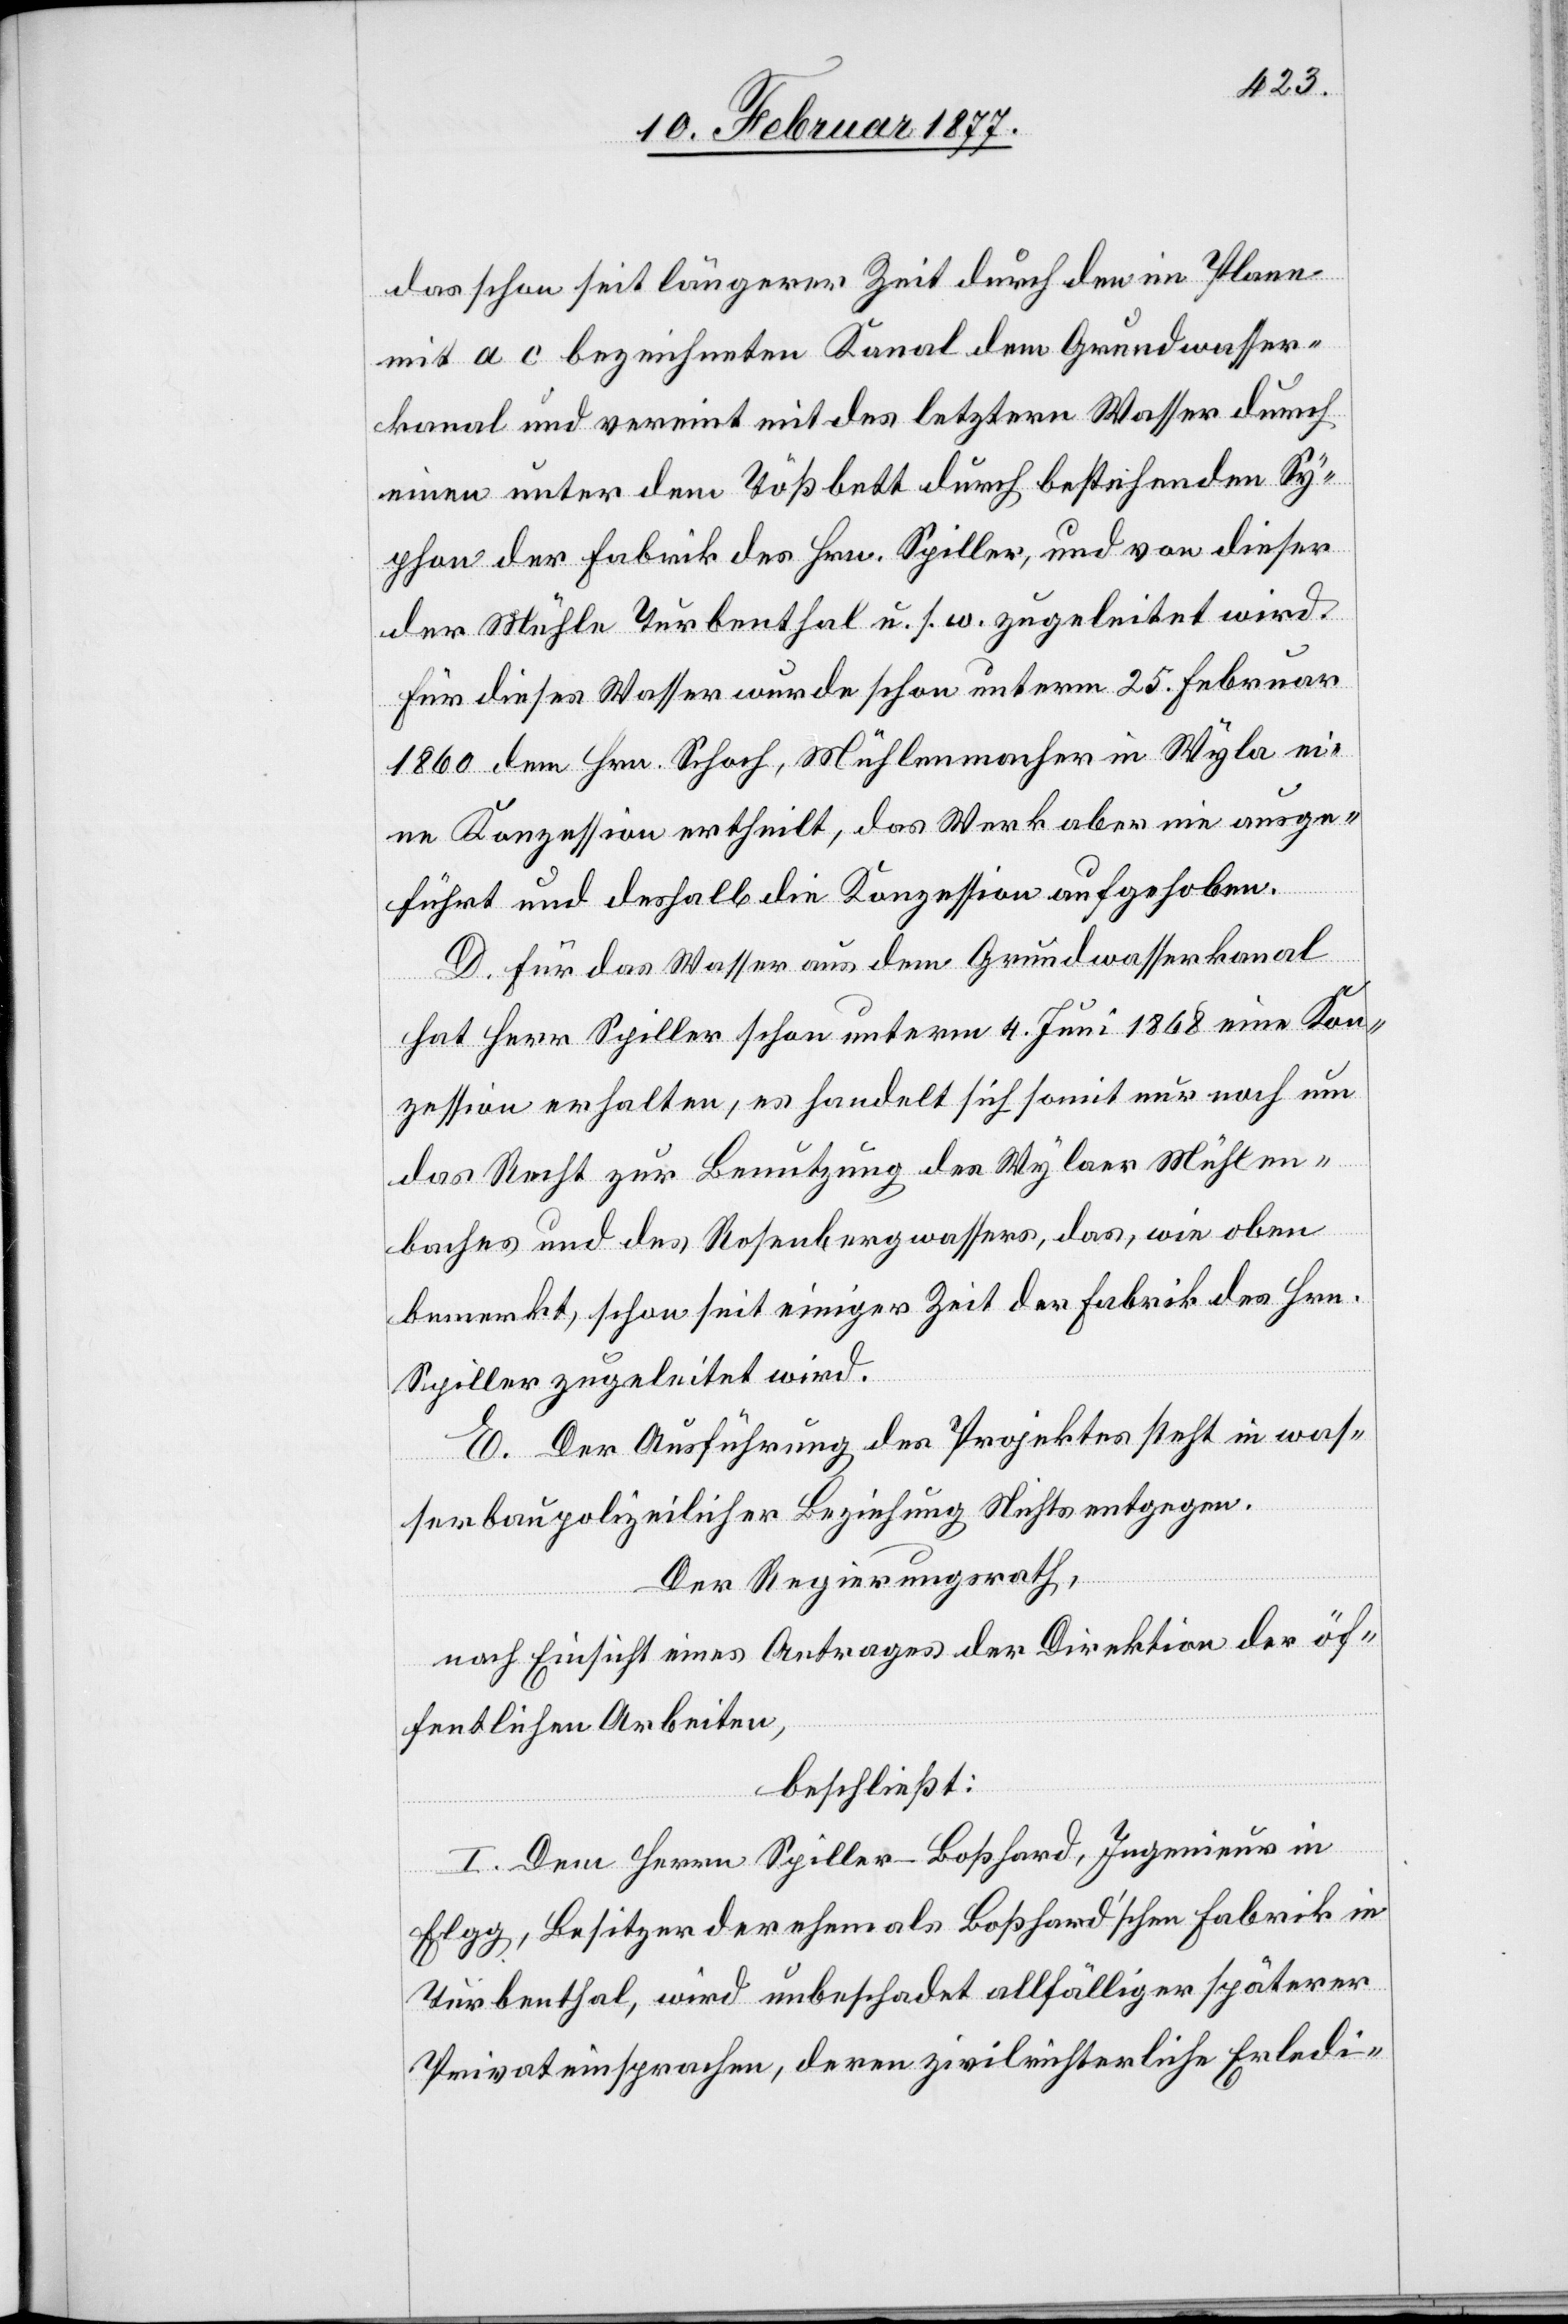
das schon seit längerer Zeit durch den im Plane
mit a c bezeichneten Kanal dem Grundwasser¬
kanal und vereint mit des letztern Wasser durch
einen unter dem Tößbett durch bestehenden Sy¬
phon der Fabrik des Hrn. Spiller, und von dieser
der Mühle Turbenthal u. s. w. zugeleitet wird.
Für dieses Wasser wurde schon unterm 25. Februar
1860 dem Hrn. Schoch, Mühlenmacher in Wyla ei¬
ne Konzession ertheilt, das Werk aber nie ausge¬
in
führt und deshalb die Konzession aufgehoben.
D. Für das Wasser aus dem Grundwasserkanal
hat Herr Spiller schon unterm 4. Juni 1868 eine Kon¬
zession erhalten, es handelt sich somit nur noch um
das Recht zur Benutzung des Wylaer Mühle¬
baches [sic!] und des Rosenbergwassers, das, wie oben
bemerkt, schon seit einiger Zeit der Fabrik des Hrn.
Spiller zugeleitet wird.
E. Der Ausführung des Projektes steht in was¬
serbaupolizeilicher Hinsicht Nichts entgegen.
Der Regierungsrath,
nach Einsicht eines Antrages der Direktion der öf¬
fentlichen Arbeiten,
beschließt:
I. Dem Herrn Spiller-Boßhard in Elgg,
Turbenthal, wird unbeschadet allfälliger späterer
Privateinsprachen, deren zivilrechtliche Erledi-